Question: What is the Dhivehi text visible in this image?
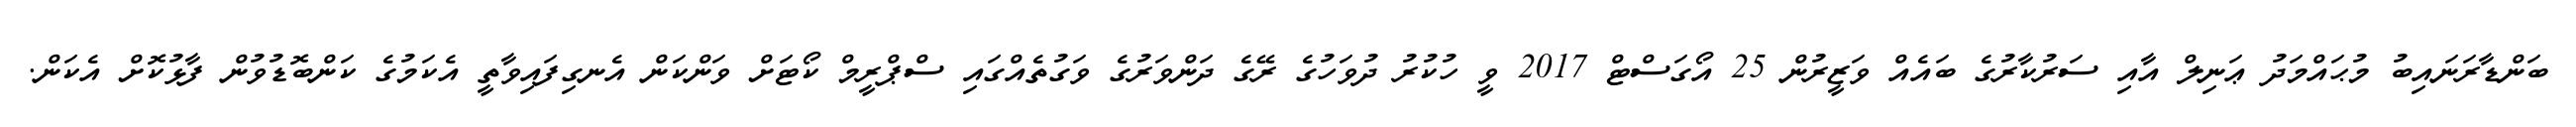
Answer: ބަންޑާރަނައިބު މުޙައްމަދު ޢަނިލް އާއި ސަރުކާރުގެ ބައެއް ވަޒީރުން 25 އޯގަސްޓް 2017 ވީ ހުކުރު ދުވަހުގެ ރޭގެ ދަންވަރުގެ ވަގުތެއްގައި ސްޕްރީމް ކޯޓަށް ވަންކަން އެނގިފައިވާތީ އެކަމުގެ ކަންބޮޑުވުން ފާޅުކޮށް އެކަން.